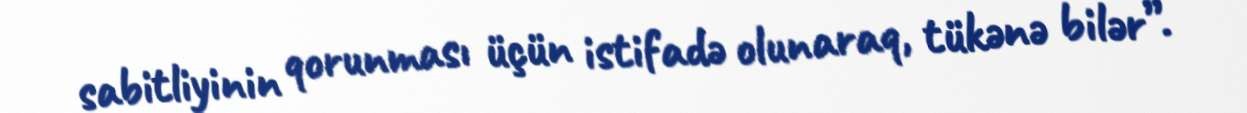
sabitliyinin qorunması üçün istifadə olunaraq, tükənə bilər”.